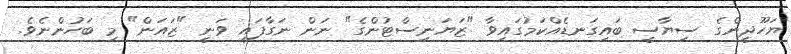
ޔަހޫދީންގެ ސިޔާސީ ބައިގަނޑެއްކަމުގައިވާ "ޒަޔަނިސްޓުންގެ" ނަން ނަގާފައި ވަނީ "ޒައަން" މި ބަހުންނެވެ.